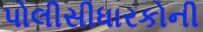
પોલીસીધારકોની